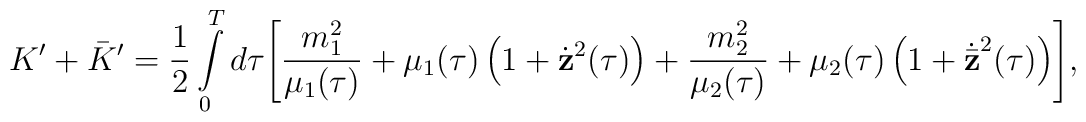
K^\prime+\bar K^\prime=\frac{1}{2}\int\limits_0^Td\tau\Biggl[\frac{m_1^2}{\mu_1(\tau)}+\mu_1(\tau)\left(1+\dot{\bf z}^2(\tau)\right)+\frac{m_2^2}{\mu_2(\tau)}+\mu_2(\tau)\left(1+\dot{\bar{\bf z}}^2(\tau)\right)\Biggr],